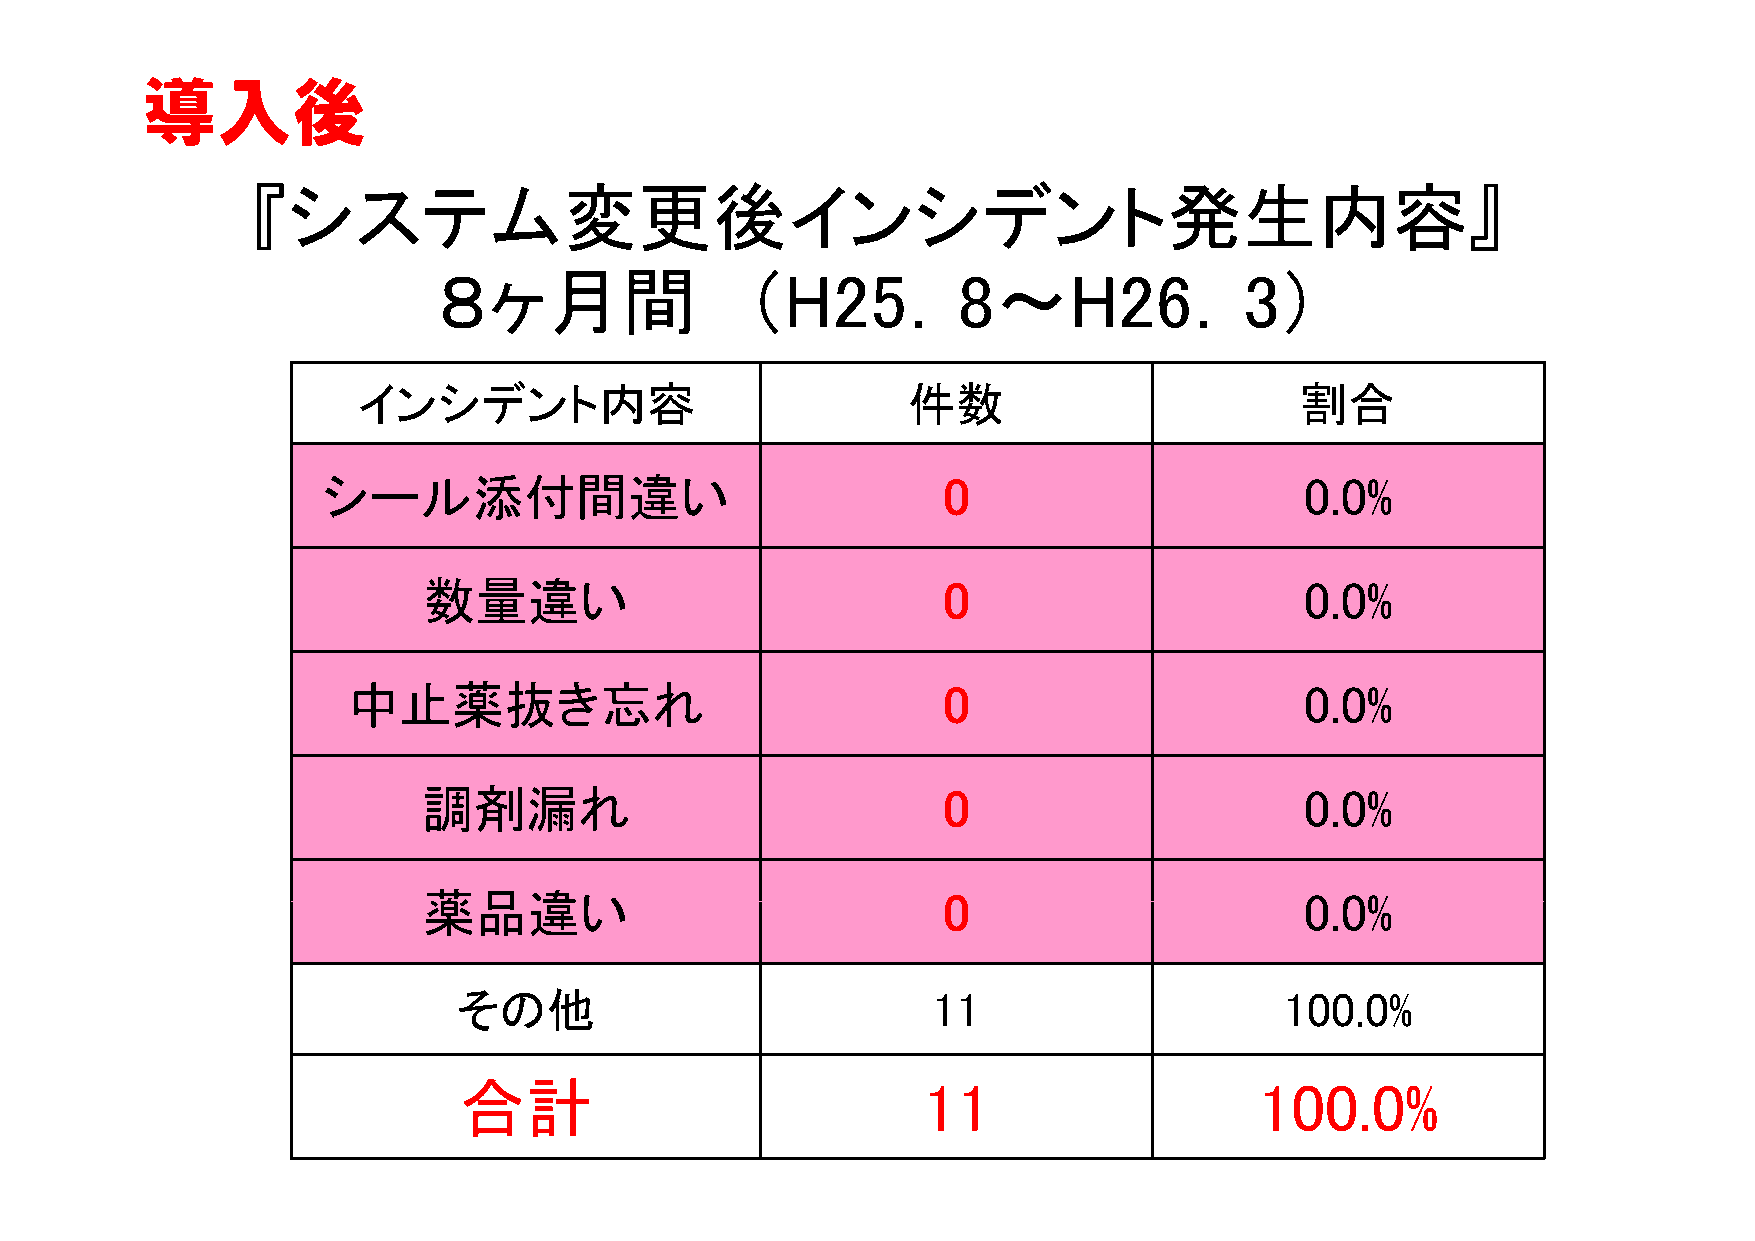
導入後
 『『シシスステテムム変変更更後後イインンシシデデンントト発発生生内内容容』』
 ８ヶ月間                （H25．8～H26．3）
 インシデント内容                            件数                        割合
 シシールル添添付付間間違違いい                          00                      00.00%%
 数数量量違違い                           0                       0.0%
 中止薬抜き忘れ                                0                       0.0%
 調剤漏れ                              0                       0.0%
 薬薬品品違違いい                          00                      00.00%%
 その他                             11                     100.0%
 合計                             11                    100.0%